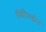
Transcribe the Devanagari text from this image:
क्विनैल्डीन